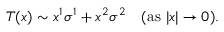
T ( x ) \sim x ^ { 1 } \sigma ^ { 1 } + x ^ { 2 } \sigma ^ { 2 } \quad ( \mathrm { a s ~ } | x | \rightarrow 0 ) .